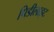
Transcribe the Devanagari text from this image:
पिडीलाइट